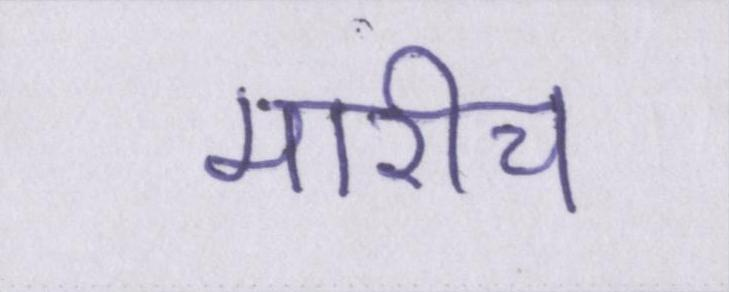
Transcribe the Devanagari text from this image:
मारीच